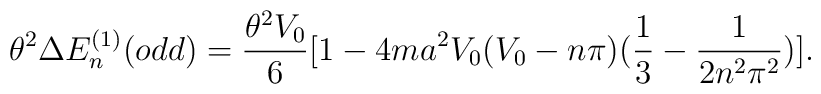
\theta^{2}\Delta E_{n}^{(1)}(odd)=\frac{\theta^{2}V_{0}}{6}[1-4ma^{2}V_{0}(V_{0}-n\pi)(\frac{1}{3}-\frac{1}{2n^{2}\pi^{2}})] .